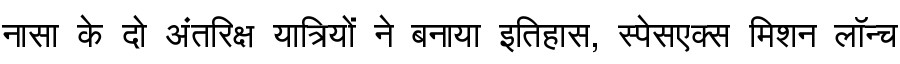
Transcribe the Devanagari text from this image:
नासा के दो अंतरिक्ष यात्रियों ने बनाया इतिहास, स्पेसएक्स मिशन लॉन्च